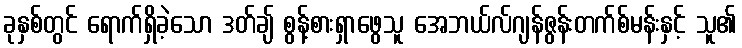
ခုနှစ်တွင် ရောက်ရှိခဲ့သော ဒတ်ချ် စွန့်စားရှာဖွေသူ အေဘယ်လ်ဂျန်ဇွန်းတက်စ်မန်းနှင့် သူ၏